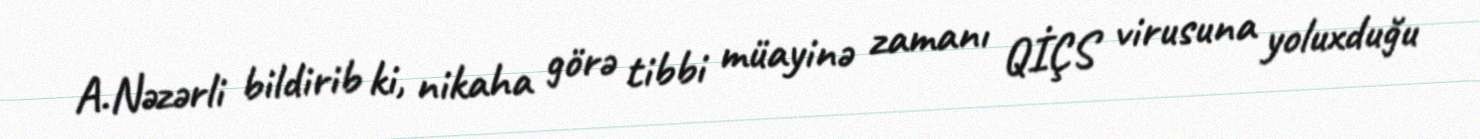
A.Nəzərli bildirib ki, nikaha görə tibbi müayinə zamanı QİÇS virusuna yoluxduğu